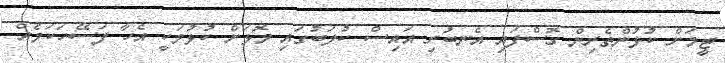
ޓީމަށް ކުޅުންތެރިން ގޮސްފައި އެނބުރި އައިސް ކުލަބުގައި މޮޅަށް ކުޅުމަކީ އެހާ ފަސޭހަކަމެއް